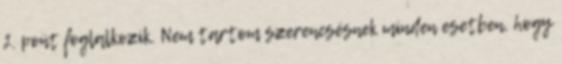
2. pont foglalkozik. Nem tartom szerencsésnek minden esetben, hogy